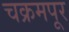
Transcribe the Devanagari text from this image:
चक्रमपूर